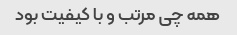
همه چی مرتب و با کیفیت بود